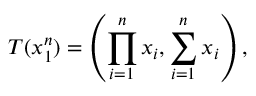
T ( x _ { 1 } ^ { n } ) = \left( \prod _ { i = 1 } ^ { n } x _ { i } , \sum _ { i = 1 } ^ { n } x _ { i } \right) ,